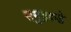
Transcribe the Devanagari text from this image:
समुद्रकडे